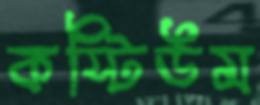
কস্টিউম